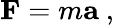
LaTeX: \mathbf{F}=m\mathbf{a}\ ,